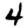
Digit: 4